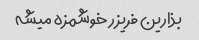
بذارین فریزر خوشمزه میشه